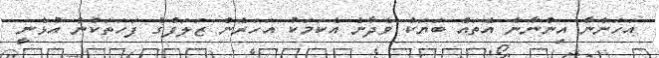
އަހަންނާ އިންނާނެ އެތައް ބަޔަކު ވެދާނެ އެކަމަކު އަހަރެން ޒަލަފްގެ ފަހަތަކުން އުޅެނީ